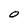
Character: O